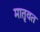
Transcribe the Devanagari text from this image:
मातृवत